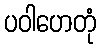
ပဝါဟေတုံ